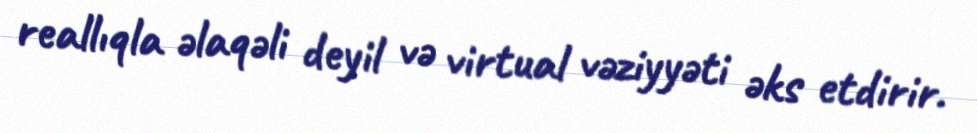
reallıqla əlaqəli deyil və virtual vəziyyəti əks etdirir.